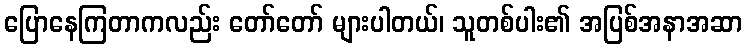
ပြောနေကြတာကလည်း တော်တော် များပါတယ်၊ သူတစ်ပါး၏ အပြစ်အနာအဆာ